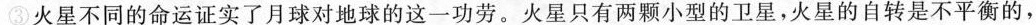
③火星不同的命运证实了月球对地球的这一功劳。火星只有两颗小型的卫星，火星的自转是不平横的，